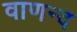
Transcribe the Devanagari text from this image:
वाणन्द